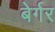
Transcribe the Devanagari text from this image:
बेर्गर